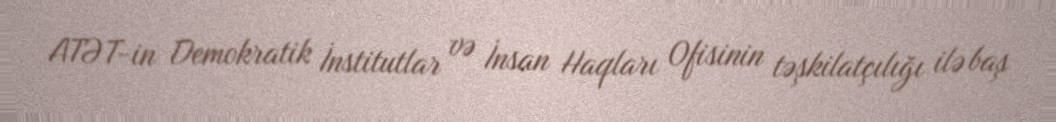
ATƏT-in Demokratik İnstitutlar və İnsan Haqları Ofisinin təşkilatçılığı ilə baş